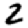
Digit: 2